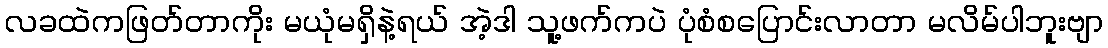
လခထဲကဖြတ်တာကိုး မယုံမရှိနဲ့ရယ် အဲ့ဒါ သူ့ဖက်ကပဲ ပုံစံစပြောင်းလာတာ မလိမ်ပါဘူးဗျာ